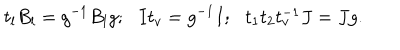
t _ { l } B _ { l } = g ^ { - 1 } B _ { l } g ; \, \, \, \, I t _ { v } = g ^ { - 1 } I ; \, \, \, \, t _ { 1 } t _ { 2 } t _ { v } ^ { - 1 } J = J g .